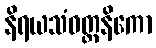
နိရယသံဝတ္တနိကော